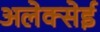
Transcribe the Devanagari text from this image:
अलेक्सेई